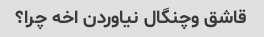
قاشق وچنگال نیاوردن اخه چرا؟